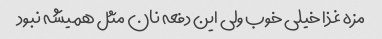
مزه غذا خیلی خوب ولی این دفعه نان مثل همیشه نبود